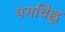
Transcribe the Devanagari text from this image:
पगचिह्न